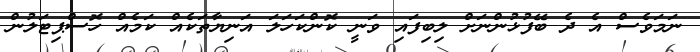
ނަމަވެސް އެ ދެ ބޭފުޅުންނަށް ލިބިފައި ވަނީ ކޮންކަހަލަ އަނިޔާތަކެއް ކަމެއް ހޮސްޕިޓަލުން